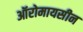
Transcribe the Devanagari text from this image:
ऑरोमायसीन